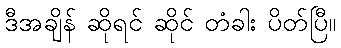
ဒီအချိန် ဆိုရင် ဆိုင် တံခါး ပိတ်ပြီ။